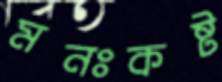
মনঃকষ্ট